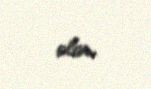
olar.